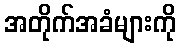
အတိုက်အခံများကို